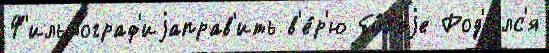
Ф'ильмограф'иjаправ'ить в'е́р'ю бо́л'еjе Род'илс'я